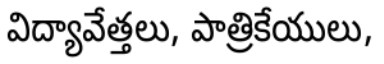
విద్యావేత్తలు, పాత్రికేయులు,